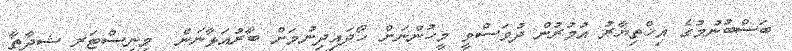
ބަސްބުނުމުގެ އިޚްތިޔާރު އުމުރުން ދުވަސްވީ މީހުންނަށް ހޯދައިދިނުމަށް ބާރުއަޅާނަން  މިނިސްޓަރ ޝިދާތާ